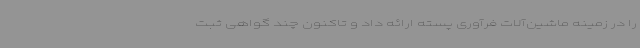
را در زمینه ماشین‌آلات فرآوری پسته ارائه داد و تاکنون چند گواهی ثبت